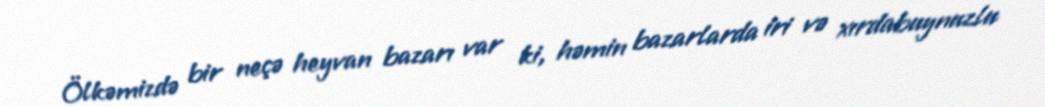
Ölkəmizdə bir neçə heyvan bazarı var ki, həmin bazarlarda iri və xırdabuynuzlu